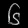
Digit: ၆